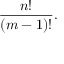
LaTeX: { \frac { n ! } { ( m - 1 ) ! } } .